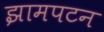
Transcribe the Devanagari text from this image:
झामपटन